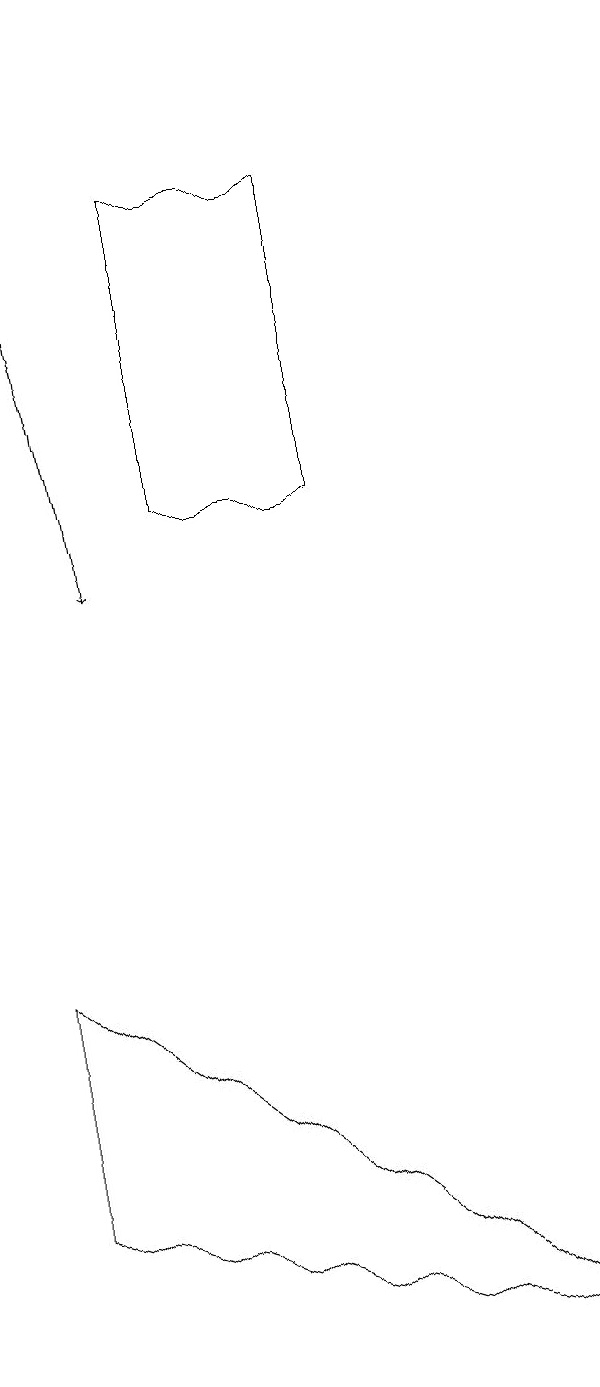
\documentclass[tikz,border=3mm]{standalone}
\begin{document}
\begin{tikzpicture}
\draw (1,7) -- (8,2) -- (1,4) -- cycle;
\draw[->] (1,19) -- (2,12);
\draw (5,17) rectangle (3,13);
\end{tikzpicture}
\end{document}